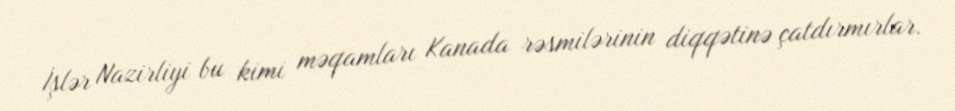
İşlər Nazirliyi bu kimi məqamları Kanada rəsmilərinin diqqətinə çatdırmırlar.